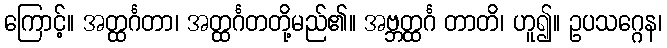
ကြောင့်။ အတ္ထင်္ဂတာ၊ အတ္ထင်္ဂတတို့မည်၏။ အဗ္ဘတ္ထင်္ဂ တာတိ၊ ဟူ၍။ ဥပသဂ္ဂေန၊